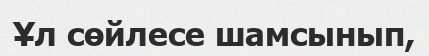
Ұл сөйлесе шамсынып,